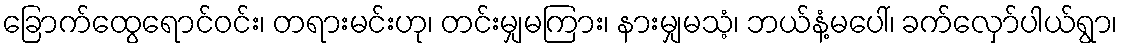
ခြောက်ထွေရောင်ဝင်း၊ တရားမင်းဟု၊ တင်းမျှမကြား၊ နားမျှမသံ့၊ ဘယ်နံ့မပေါ်၊ ခက်လှော်ပါယ်ရွာ၊